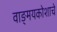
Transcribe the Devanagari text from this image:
वाङ्मयकोशाचे